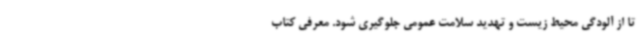
تا از آلودگی محیط زیست و تهدید سلامت عمومی جلوگیری شود. معرفی کتاب